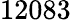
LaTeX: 12083